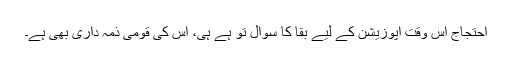
احتجاج اِس وقت اپوزیشن کے لیے بقا کا سوال تو ہے ہی، اس کی قومی ذمہ داری بھی ہے۔